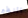
النظير